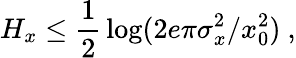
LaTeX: H_{x}\leq{\frac{1}{2}}\log(2e\pi\sigma_{x}^{2}/x_{0}^{2})~,